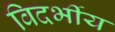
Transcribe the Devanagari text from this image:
विदर्भीय